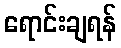
ရောင်းချရန်